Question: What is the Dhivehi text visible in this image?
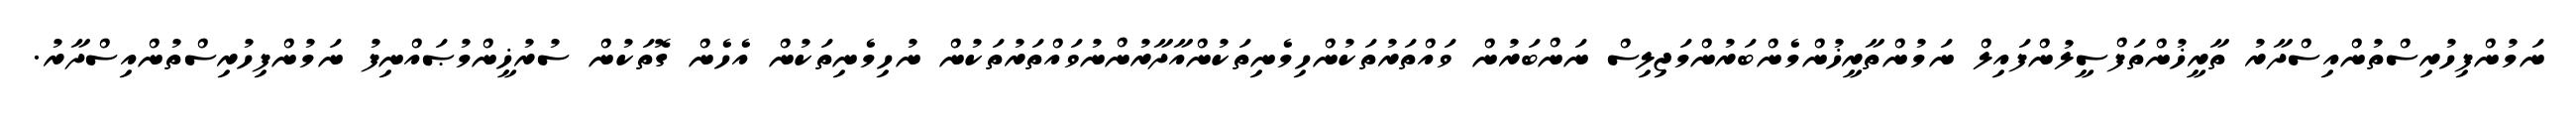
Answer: ނަމުންފިހުރިސްތުންއިސްދާރު ތާރީޚުންތަފްސީލުންފައިލް ނަމުންތާރީޚުންމެންބަރުންމަޖިލިސް ނަންބަރުން ވައްތަރުތަކުންހިމެނިތަކުންއާދާރުންނުވައްތަރުތަކުން ނުހިމެނިތަކުން އެހެން ގޮތަކުން ސުރުޚީންމުޞައްނިފު ނަމުންފިހުރިސްތުންއިސްދާރު.